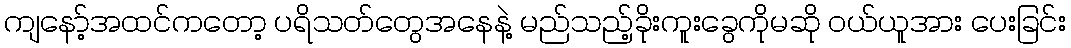
ကျနော့်အထင်ကတော့ ပရိသတ်တွေအနေနဲ့ မည်သည့်ခိုးကူးခွေကိုမဆို ဝယ်ယူအား ပေးခြင်း